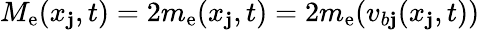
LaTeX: M_{\mathrm{e}}(x_{\mathbf{j}},t)=2m_{\mathrm{e}}(x_{\mathbf{j}},t)=2m_{\mathrm{e}}(v_{b\mathbf{j}}(x_{\mathbf{j}},t))